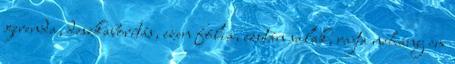
gerenda, deszkaborítás, ezen fólia, ezután salak, rajta néhány cm